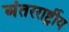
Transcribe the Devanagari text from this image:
अंतररार्ष्ट्रीय